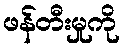
ဖန်တီးမှုကို